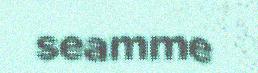
seamme